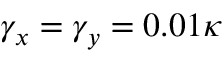
\gamma _ { x } = \gamma _ { y } = 0 . 0 1 \kappa